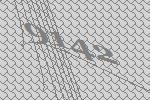
9142